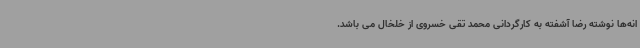
انه‌ها نوشته‌ رضا آشفته به کارگردانی محمد تقی خسروی از خلخال می باشد.